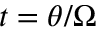
t = \theta / \Omega